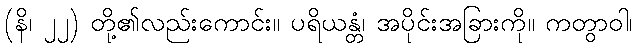
(နိ၊ ၂၂) တို့၏လည်းကောင်း။ ပရိယန္တံ၊ အပိုင်းအခြားကို။ ကတွာဝါ၊